Plague in India, 1896, 1897 - Volume 2
Year: 1896
Disease focus: Plague
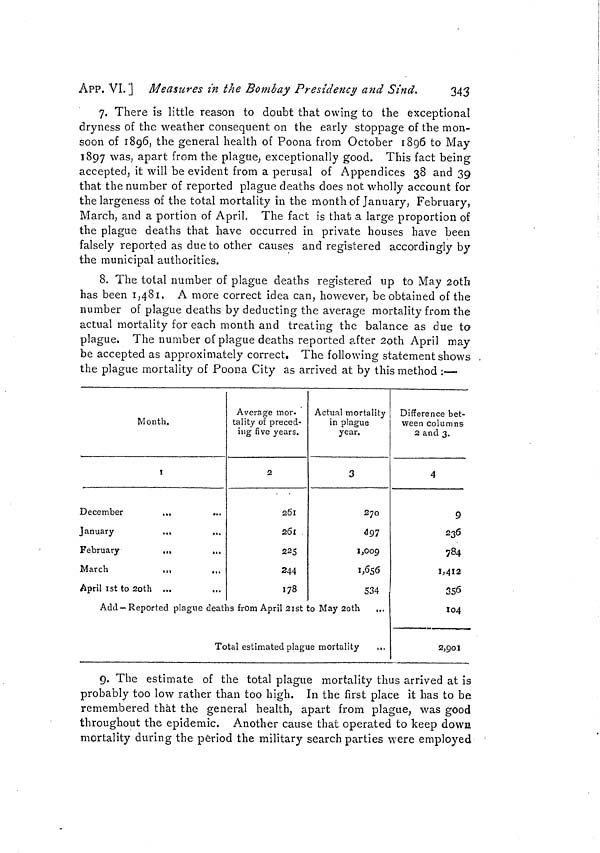
APP. VI. ] Measures m the Bombay Presidency and Sind.
343
7. There is little reason to doubt that owing to the exceptional
dryness of the weather consequent on the early stoppage of the mon-
soon of 1896, the general health of Poona from October 1896 to May
1897 was, apart from the plague, exceptionally good. This fact being
accepted, it will be evident from a perusal of Appendices 38 and 39
that the number of reported plague deaths does not wholly account for
the largeness of the total mortality in the month of January, February,
March, and a portion of April. The fact is that a large proportion of
the plague deaths that have occurred in private houses have been
falsely reported as due to other causes and registered accordingly by
the municipal authorities.
8. The total number of plague deaths registered up to May 20th
has been 1,481. A more correct idea can, however, be obtained of the
number of plague deaths by deducting the average mortality from the
actual mortality for each month and treating the balance as due to
plague. The number of plague deaths reported after 2oth April may
be accepted as approximately correct. The following statement shows .
the plague mortality of Poona City as arrived at by this method :——
Month.
I
December
,.,
January
...
...
February
...
...
March
.,,
...
April ist to 2oth ...
Average mor-
tality of preced-
ing five years.
2
261
261
225
244
178
Actual mortality
in plague
year.
3
270
497
1,009
1,656
534
Add — Reported plague deaths from April 21st to May 20th ...
Total estimated plague mortality
,,.
Difference bet-
ween columns
2 and 3.
4
9
236
784
1,412
3S6
104
2,901
9. The estimate of the total plague mortality thus arrived at is
probably too low rather than too high. In the first place it has to be
remembered that the general health, apart from plague, was good
throughout the epidemic. Another cause that operated to keep down
mortality during the period the military search parties were employed